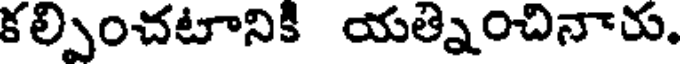
కల్పించటానికి యత్నించినారు.